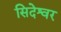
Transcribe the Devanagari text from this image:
सिदेश्वर